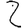
Digit: 2